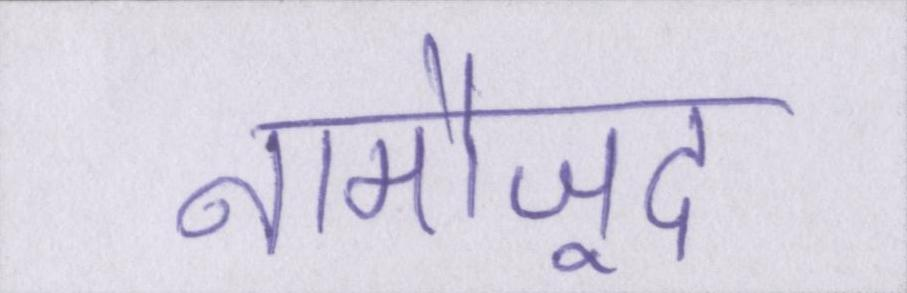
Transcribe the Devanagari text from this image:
नामौजूद